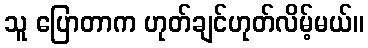
သူ ပြောတာက ဟုတ်ချင်ဟုတ်လိမ့်မယ်။